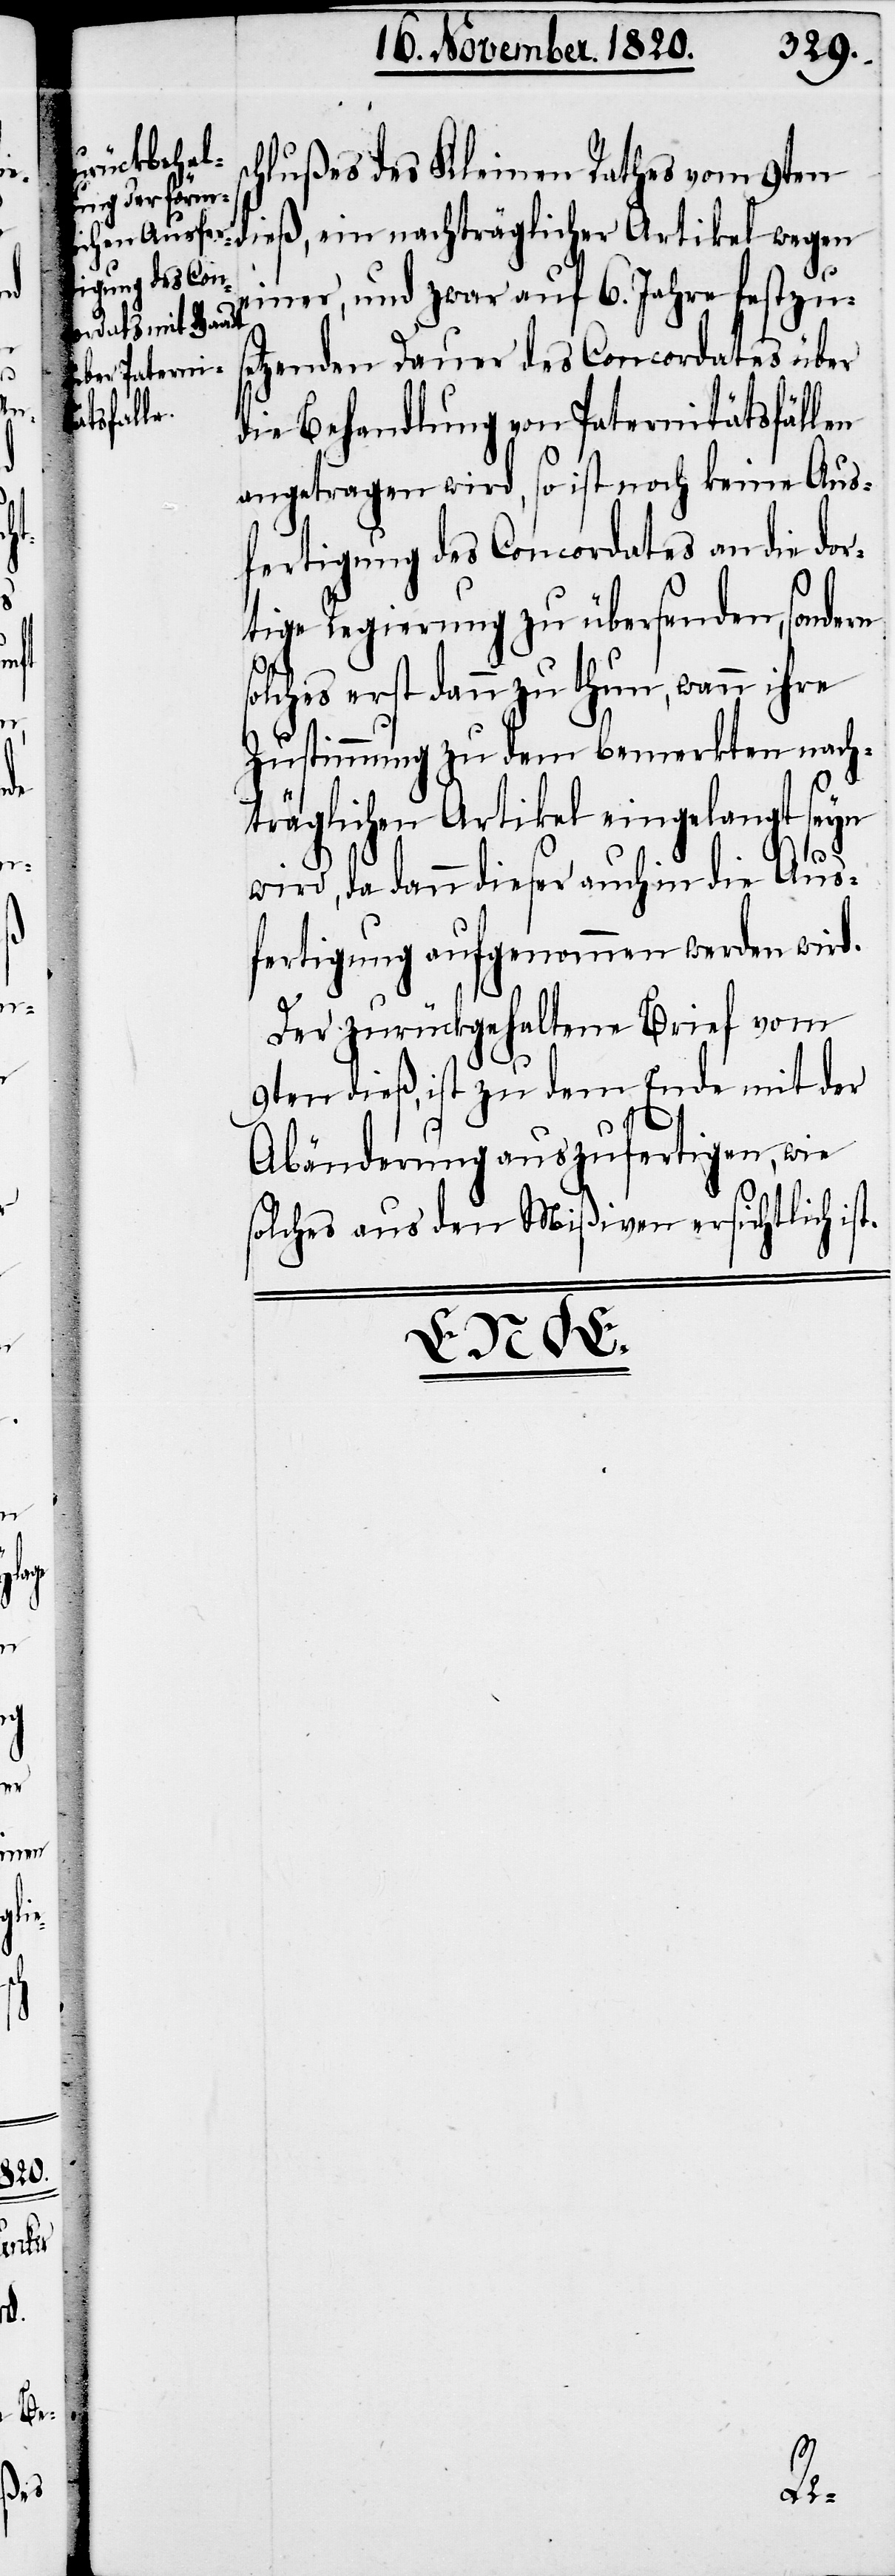
der

d.

chlußes des Kleinen Rathes vom 9ten
ß, ein nachträglicher Artikel wegen
einer, und zwar auf 6. Jahre festzus¬
etzenden Dauer des Concordates über
die Behandlung von Paternitätsfällen
angetragen wird, so ist noch keine Aus¬
fertigung des Concordates an die dor¬
tige Regierung zu übersenden, sondern
solches erst dann zu thun, wann ihre
Zustimmung zu dem bemerkten nach¬
träglichen Artikel eingelangt seyn
wird, da dann dieser auch in die Aus¬
fertigung aufgenommen werden wir¬
Der zurückgehaltene Brief vom
9ten dieß, ist zu dem Ende mit
Abänderung auszufertigen, wie
solches aus den Mißiven ersichtlich ist.